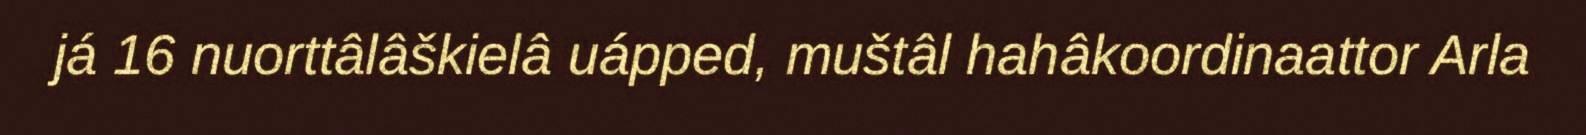
já 16 nuorttâlâškielâ uápped, muštâl hahâkoordinaattor Arla